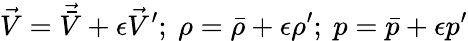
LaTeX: \vec{V}=\vec{\bar{V}}+\epsilon\vec{V}^{\prime};~\rho=\bar{\rho}+\epsilon\rho^{\prime};~p=\bar{p}+\epsilon p^{\prime}